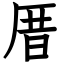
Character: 厝